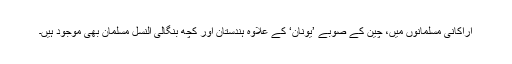
اراکانی مسلمانوں میں، چین کے صوبے ’یونان‘ کے علاوہ ہندستان اور کچھ بنگالی النسل مسلمان بھی موجود ہیں۔